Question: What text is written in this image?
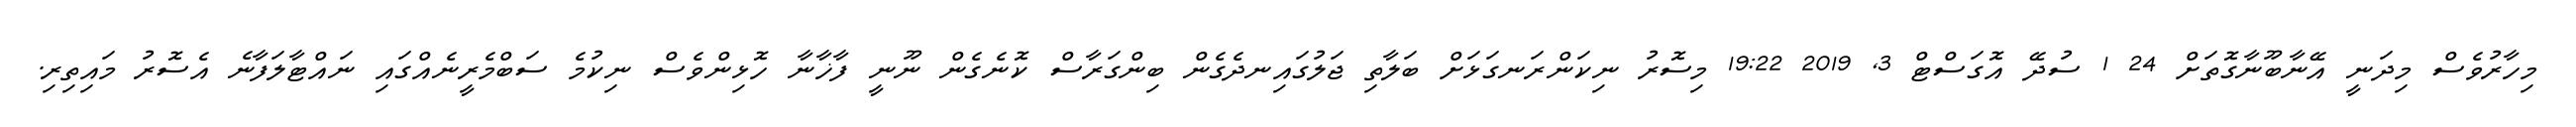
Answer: މިހާރުވެސް މިދަނީ އޭނާބޫނާގޮތަށް 24 1 ސުދޭ އޮގަސްޓް 3, 2019 19:22 މިސޮރު ނިކަންރަނގަޅަށް ބަލާތި ޖަލުގައިނދެގެން ބިންގަރާސް ކޮނެގެން ނޫނީ ފާޚާނާ ހޮޅިންވެސް ނިކުމެ ސަބްމެރީނެއްގައި ނައްޓާލަފާނެ އެސޮރު މައިތިރި.